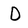
Character: D